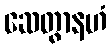
ဆေတွာနဟံ